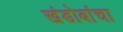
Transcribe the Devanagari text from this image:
खंडोबांचा